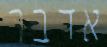
אדבר